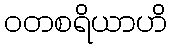
ဝတစရိယာဟိ